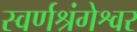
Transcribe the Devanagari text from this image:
स्वर्णश्रंगेश्वर